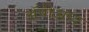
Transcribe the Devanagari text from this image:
ॲपीआय